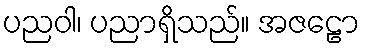
ပညဝါ၊ ပညာရှိသည်။ အဇဠော